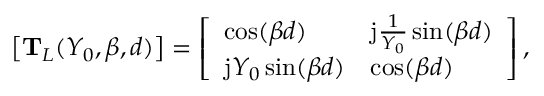
\big [ \mathrm { \mathbf { T } } _ { L } ( Y _ { 0 } , \beta , d ) \big ] = \left[ \begin{array} { l l } { \cos ( \beta d ) } & { \mathrm { j } \frac { 1 } { Y _ { 0 } } \sin ( \beta d ) } \\ { \mathrm { j } Y _ { 0 } \sin ( \beta d ) } & { \cos ( \beta d ) } \end{array} \right] ,